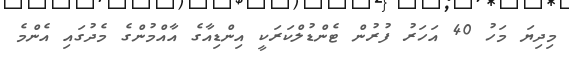
މިދިޔަ މަހު 40 އަހަރު ފުރުން ޓެންޑުލްކަރަކީ އިންޑިއާގެ އާއްމުންގެ މެދުގައި އެންމެ